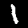
Label: 1